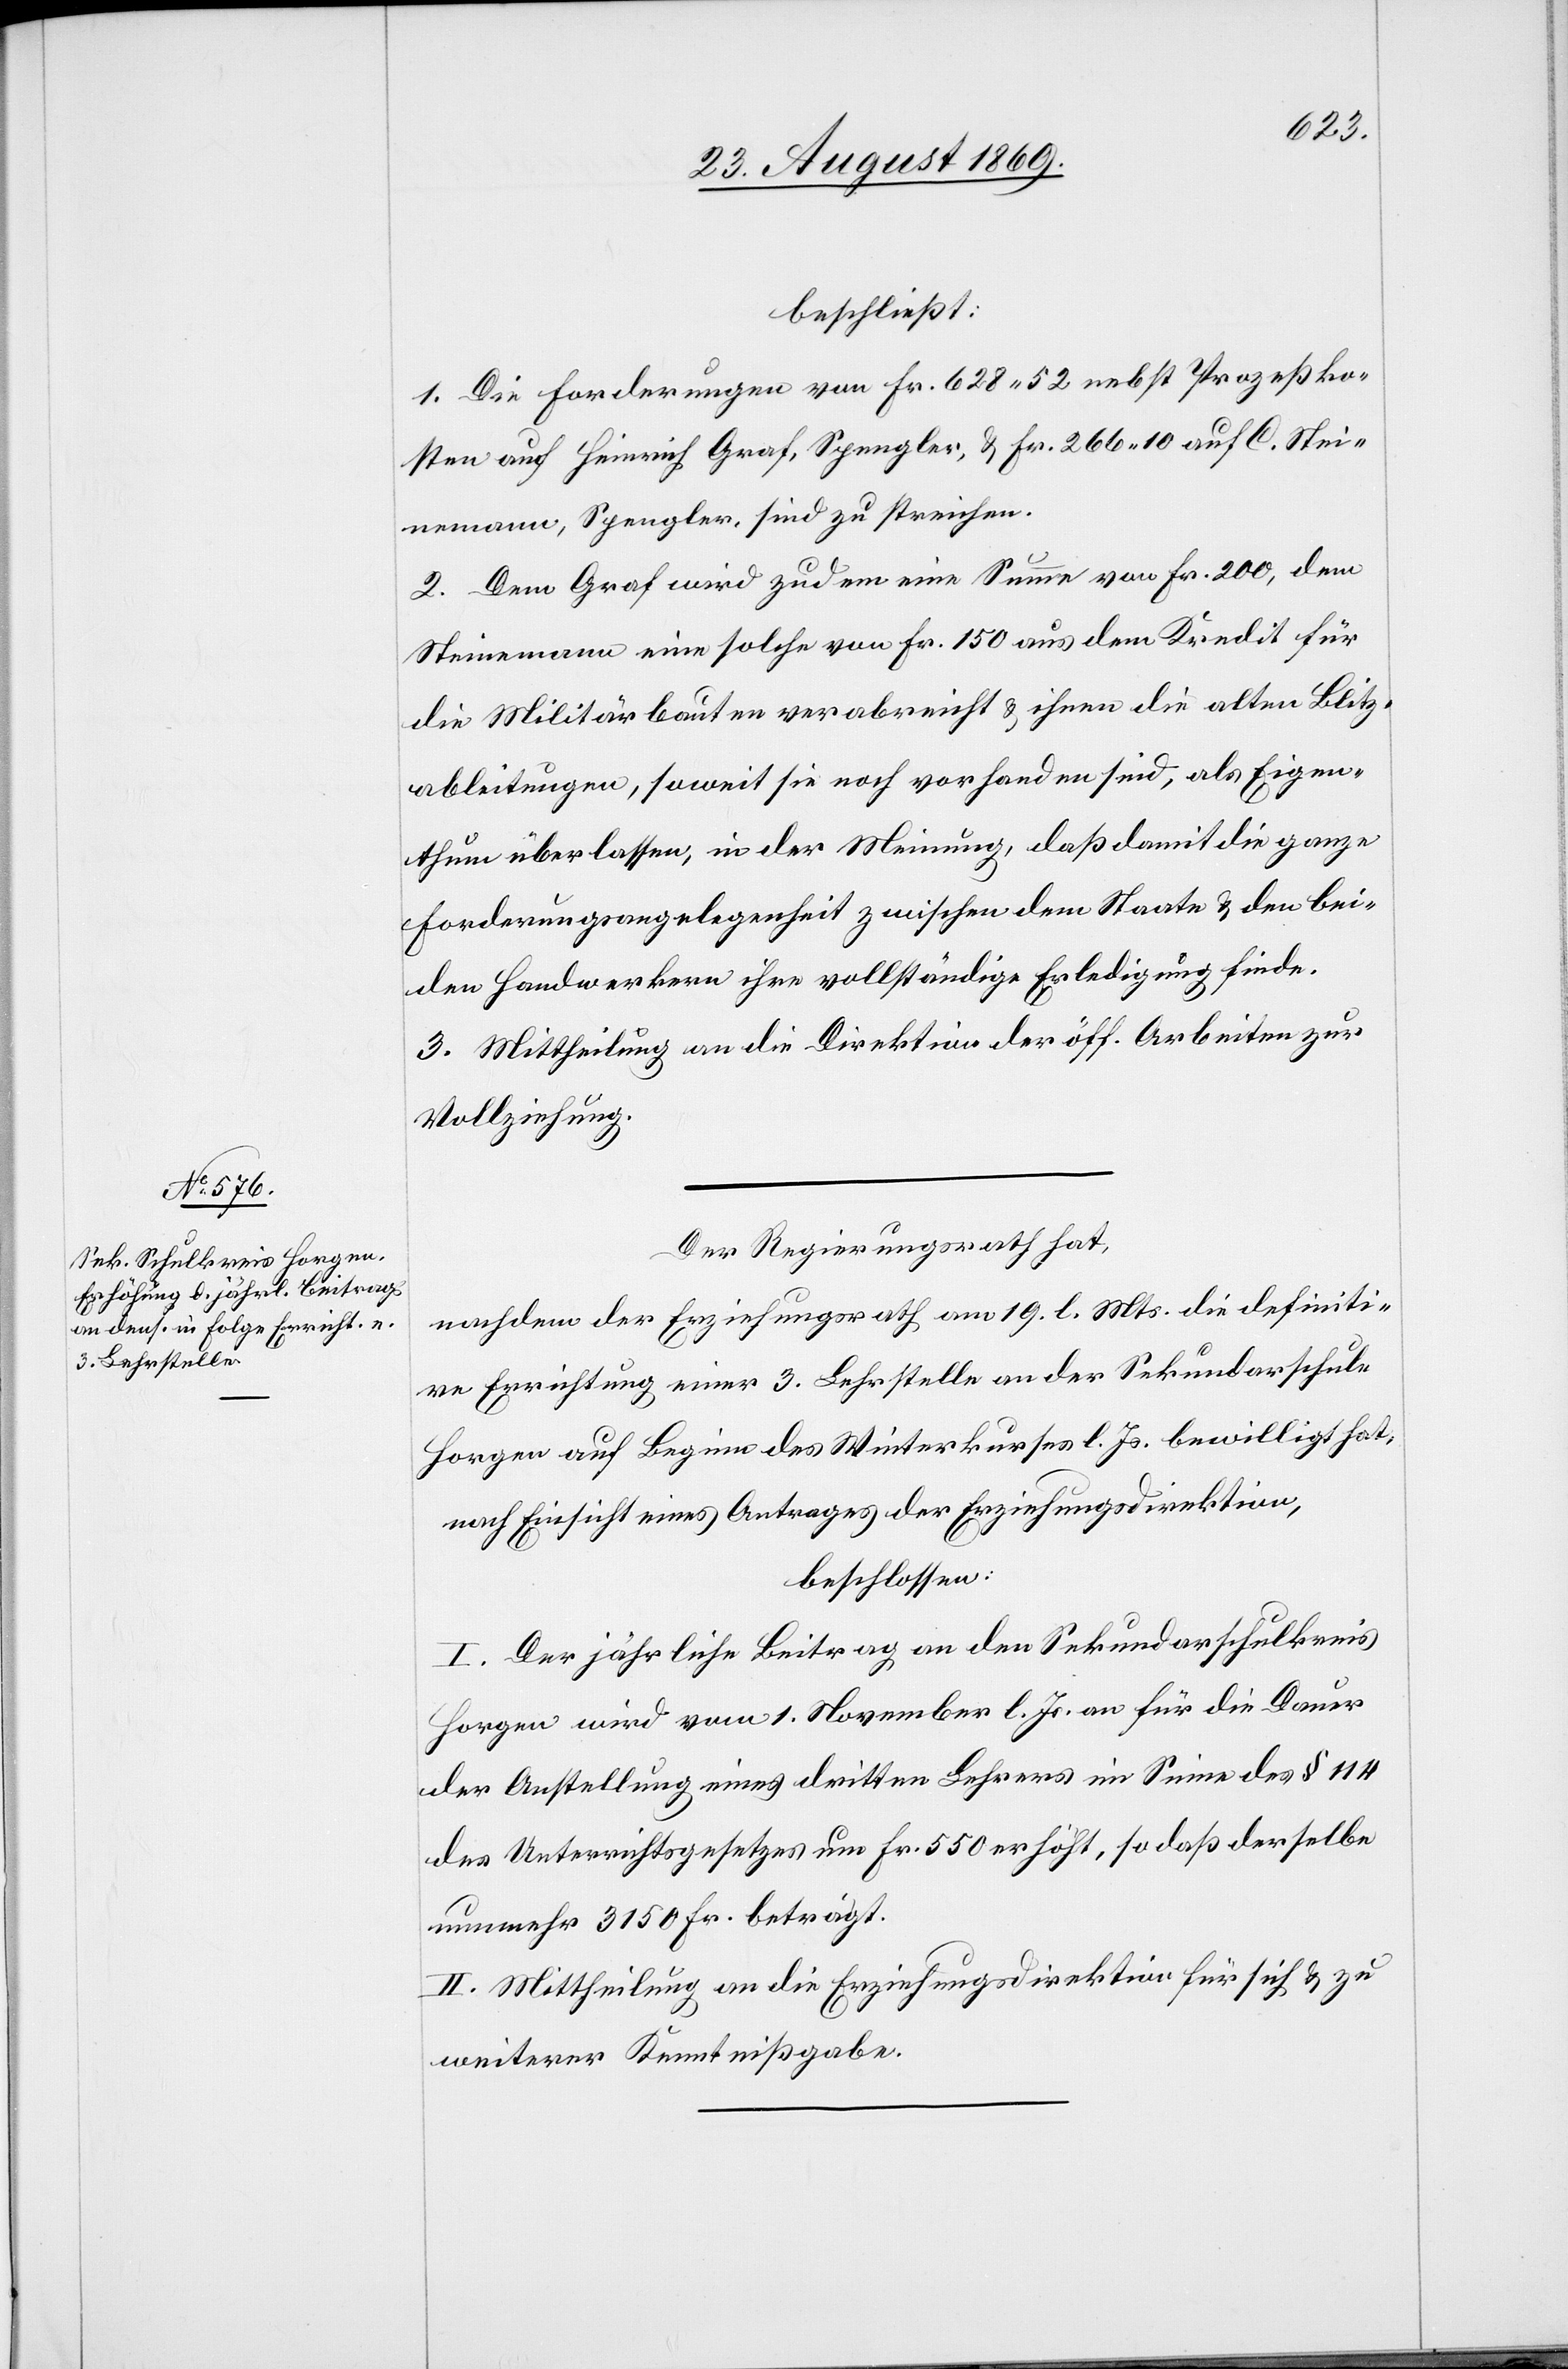
beschließt:
1. Die Forderungen von Fr. 628 52 nebst Prozeßko¬
sten auf Heinrich Graf, Spengler, & Fr. 266 10 auf C. Stei¬
nemann, Spengler, sind zu streichen.
2. Dem Graf wird zudem eine Summe von Fr. 200, dem
Steinemann eine solche von Fr. 150 aus dem Kredit für
die Militärbauten verabreicht & ihnen die alten Blitz¬
ableitungen, soweit sie noch vorhanden sind, als Eigen¬
thum überlassen, in der Meinung, daß damit die ganze
Forderungsangelegenheit zwischen dem Staate & den bei¬
den Handwerkern ihre vollständige Erledigung finde.
3. Mittheilung an die Direktion der öff. Arbeiten zur
Vollziehung.
Der Regierungsrath hat,
nachdem der Erziehungsrath am 19. gl. Mts. die definiti¬
ve Errichtung einer 3. Lehrstelle an der Sekundarschule
Horgen auf Beginn des Winterkurses l. Js. bewilligt hat,
nach Einsicht eines Antrages der Erziehungsdirektion,
beschlossen:
I. Der jährliche Beitrag an den Sekundarschulkreis
Horgen wird vom 1. November l. Js. an für die Dauer
der Anstellung eines dritten Lehrers im Sinne des § 114
des Unterrichtsgesetzes um Fr. 550 erhöht, so daß derselbe
nunmehr 3150 Fr. beträgt.
II. Mittheilung an die Erziehungsdirektion für sich & zu
weiterer Kenntnißgabe.